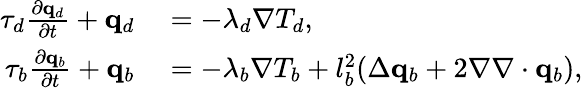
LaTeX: \begin{array}{rl}{\tau_{d}\frac{\partial\mathbf q_{d}}{\partial t}+\mathbf q_{d}}&{{}=-\lambda_{d}\nabla T_{d},}\\ {\tau_{b}\frac{\partial\mathbf q_{b}}{\partial t}+\mathbf q_{b}}&{{}=-\lambda_{b}\nabla T_{b}+l_{b}^{2}(\Delta\mathbf q_{b}+2\nabla\nabla\cdot\mathbf q_{b}),}\end{array}